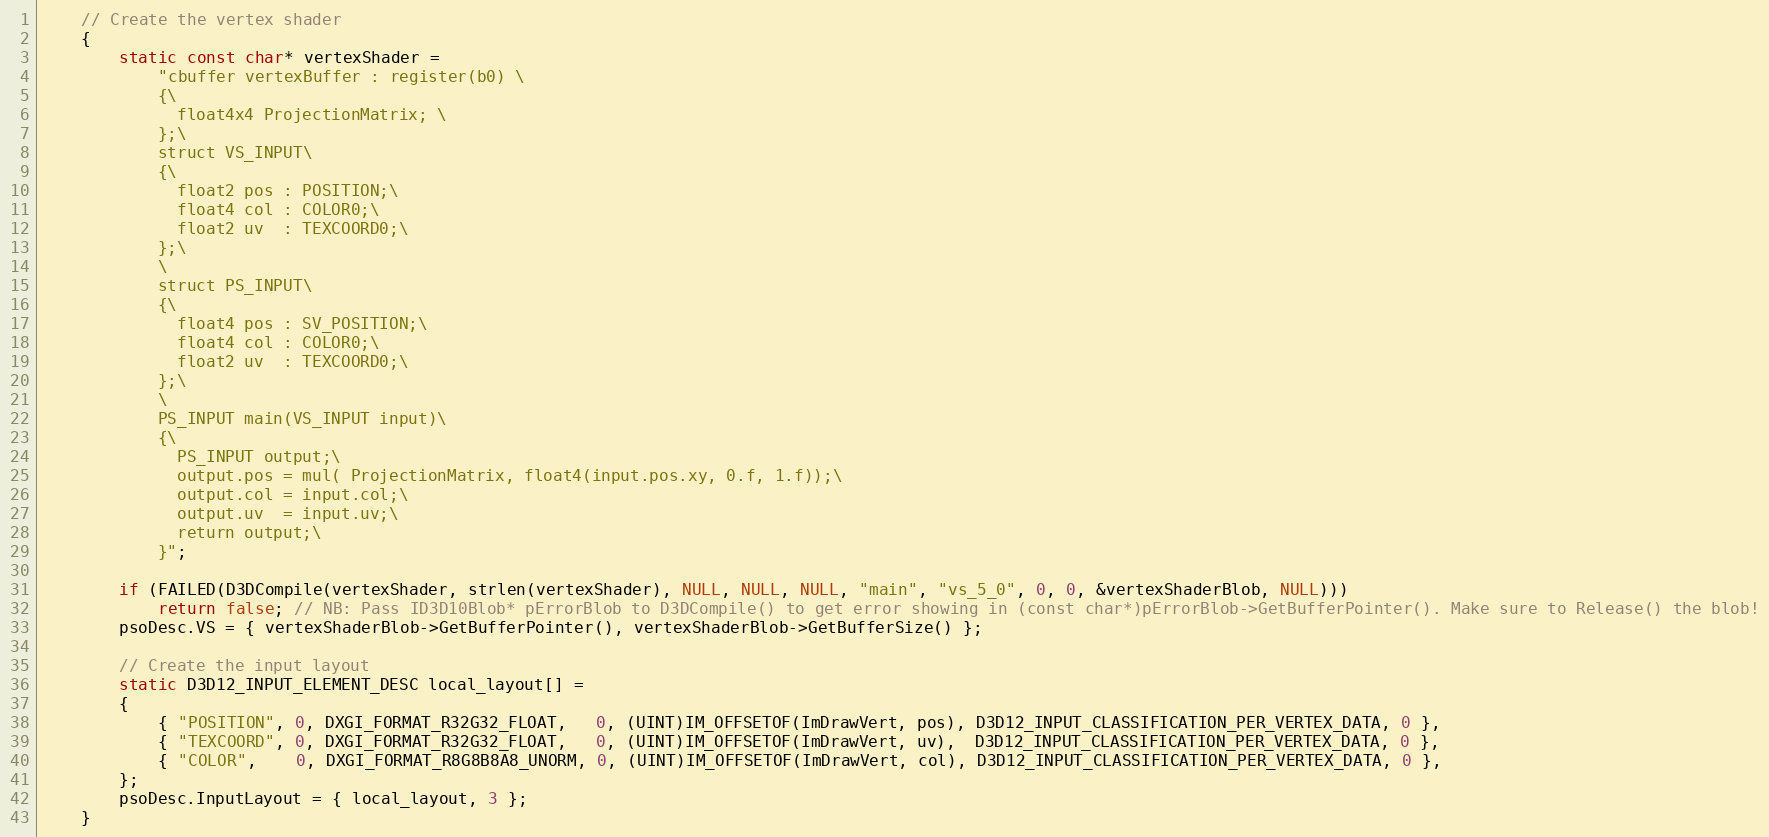
Language: C++
    // Create the vertex shader
    {
        static const char* vertexShader =
            "cbuffer vertexBuffer : register(b0) \
            {\
              float4x4 ProjectionMatrix; \
            };\
            struct VS_INPUT\
            {\
              float2 pos : POSITION;\
              float4 col : COLOR0;\
              float2 uv  : TEXCOORD0;\
            };\
            \
            struct PS_INPUT\
            {\
              float4 pos : SV_POSITION;\
              float4 col : COLOR0;\
              float2 uv  : TEXCOORD0;\
            };\
            \
            PS_INPUT main(VS_INPUT input)\
            {\
              PS_INPUT output;\
              output.pos = mul( ProjectionMatrix, float4(input.pos.xy, 0.f, 1.f));\
              output.col = input.col;\
              output.uv  = input.uv;\
              return output;\
            }";

        if (FAILED(D3DCompile(vertexShader, strlen(vertexShader), NULL, NULL, NULL, "main", "vs_5_0", 0, 0, &vertexShaderBlob, NULL)))
            return false; // NB: Pass ID3D10Blob* pErrorBlob to D3DCompile() to get error showing in (const char*)pErrorBlob->GetBufferPointer(). Make sure to Release() the blob!
        psoDesc.VS = { vertexShaderBlob->GetBufferPointer(), vertexShaderBlob->GetBufferSize() };

        // Create the input layout
        static D3D12_INPUT_ELEMENT_DESC local_layout[] =
        {
            { "POSITION", 0, DXGI_FORMAT_R32G32_FLOAT,   0, (UINT)IM_OFFSETOF(ImDrawVert, pos), D3D12_INPUT_CLASSIFICATION_PER_VERTEX_DATA, 0 },
            { "TEXCOORD", 0, DXGI_FORMAT_R32G32_FLOAT,   0, (UINT)IM_OFFSETOF(ImDrawVert, uv),  D3D12_INPUT_CLASSIFICATION_PER_VERTEX_DATA, 0 },
            { "COLOR",    0, DXGI_FORMAT_R8G8B8A8_UNORM, 0, (UINT)IM_OFFSETOF(ImDrawVert, col), D3D12_INPUT_CLASSIFICATION_PER_VERTEX_DATA, 0 },
        };
        psoDesc.InputLayout = { local_layout, 3 };
    }